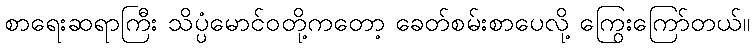
စာရေးဆရာကြီး သိပ္ပံမောင်ဝတို့ကတော့ ခေတ်စမ်းစာပေလို့ ကြွေးကြော်တယ်။